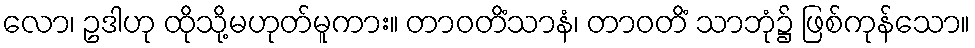
လော၊ ဥဒါဟု ထိုသို့မဟုတ်မူကား။ တာဝတိံသာနံ၊ တာဝတိံ သာဘုံ၌ ဖြစ်ကုန်သော။